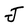
Character: J